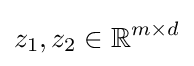
z_{1},z_{2}\in \mathbb {R} ^{m\times d}